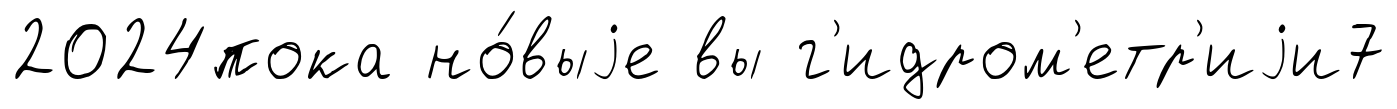
2024пока но́выjе вы г'идром'етр'иjи7